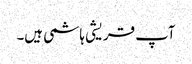
آپ قریشی ہاشمی ہیں۔